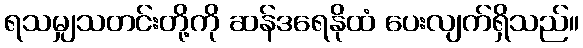
ရသမျှသတင်းတို့ကို ဆန်ဒရေနိုထံ ပေးလျက်ရှိသည်။